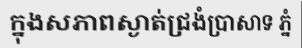
ក្នុងសភាពស្ងាត់ជ្រងំប្រាសាទ ភ្នំ